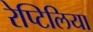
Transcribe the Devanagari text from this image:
रेप्टिलिया